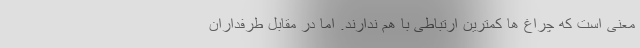
معنی است که چراغ ها کمترین ارتباطی با هم ندارند. اما در مقابل طرفداران